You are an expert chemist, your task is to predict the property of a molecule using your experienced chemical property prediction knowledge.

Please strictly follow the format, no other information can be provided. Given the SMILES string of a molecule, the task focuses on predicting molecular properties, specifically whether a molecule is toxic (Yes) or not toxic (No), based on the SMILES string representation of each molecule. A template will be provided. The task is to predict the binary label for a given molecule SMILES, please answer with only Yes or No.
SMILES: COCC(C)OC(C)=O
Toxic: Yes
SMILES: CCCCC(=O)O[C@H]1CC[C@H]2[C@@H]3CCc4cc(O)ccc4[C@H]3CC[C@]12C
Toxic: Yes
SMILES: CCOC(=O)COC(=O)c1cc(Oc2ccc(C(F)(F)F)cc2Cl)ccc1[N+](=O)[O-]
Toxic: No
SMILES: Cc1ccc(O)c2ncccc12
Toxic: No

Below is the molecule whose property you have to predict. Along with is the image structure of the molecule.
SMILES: C=COC(=O)C(C)(CC)CCC(C)C
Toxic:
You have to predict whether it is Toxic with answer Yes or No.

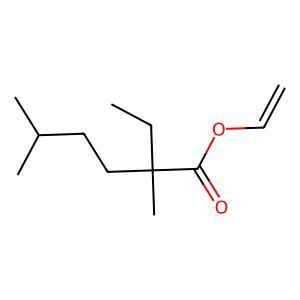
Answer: No